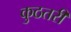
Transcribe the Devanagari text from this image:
कुठतरी